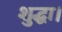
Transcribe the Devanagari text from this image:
शुद्धा।